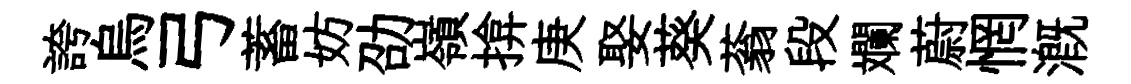
誇烏弓蓄妨劭嶺揜庚娶葵蓊段斕蔚惘溉